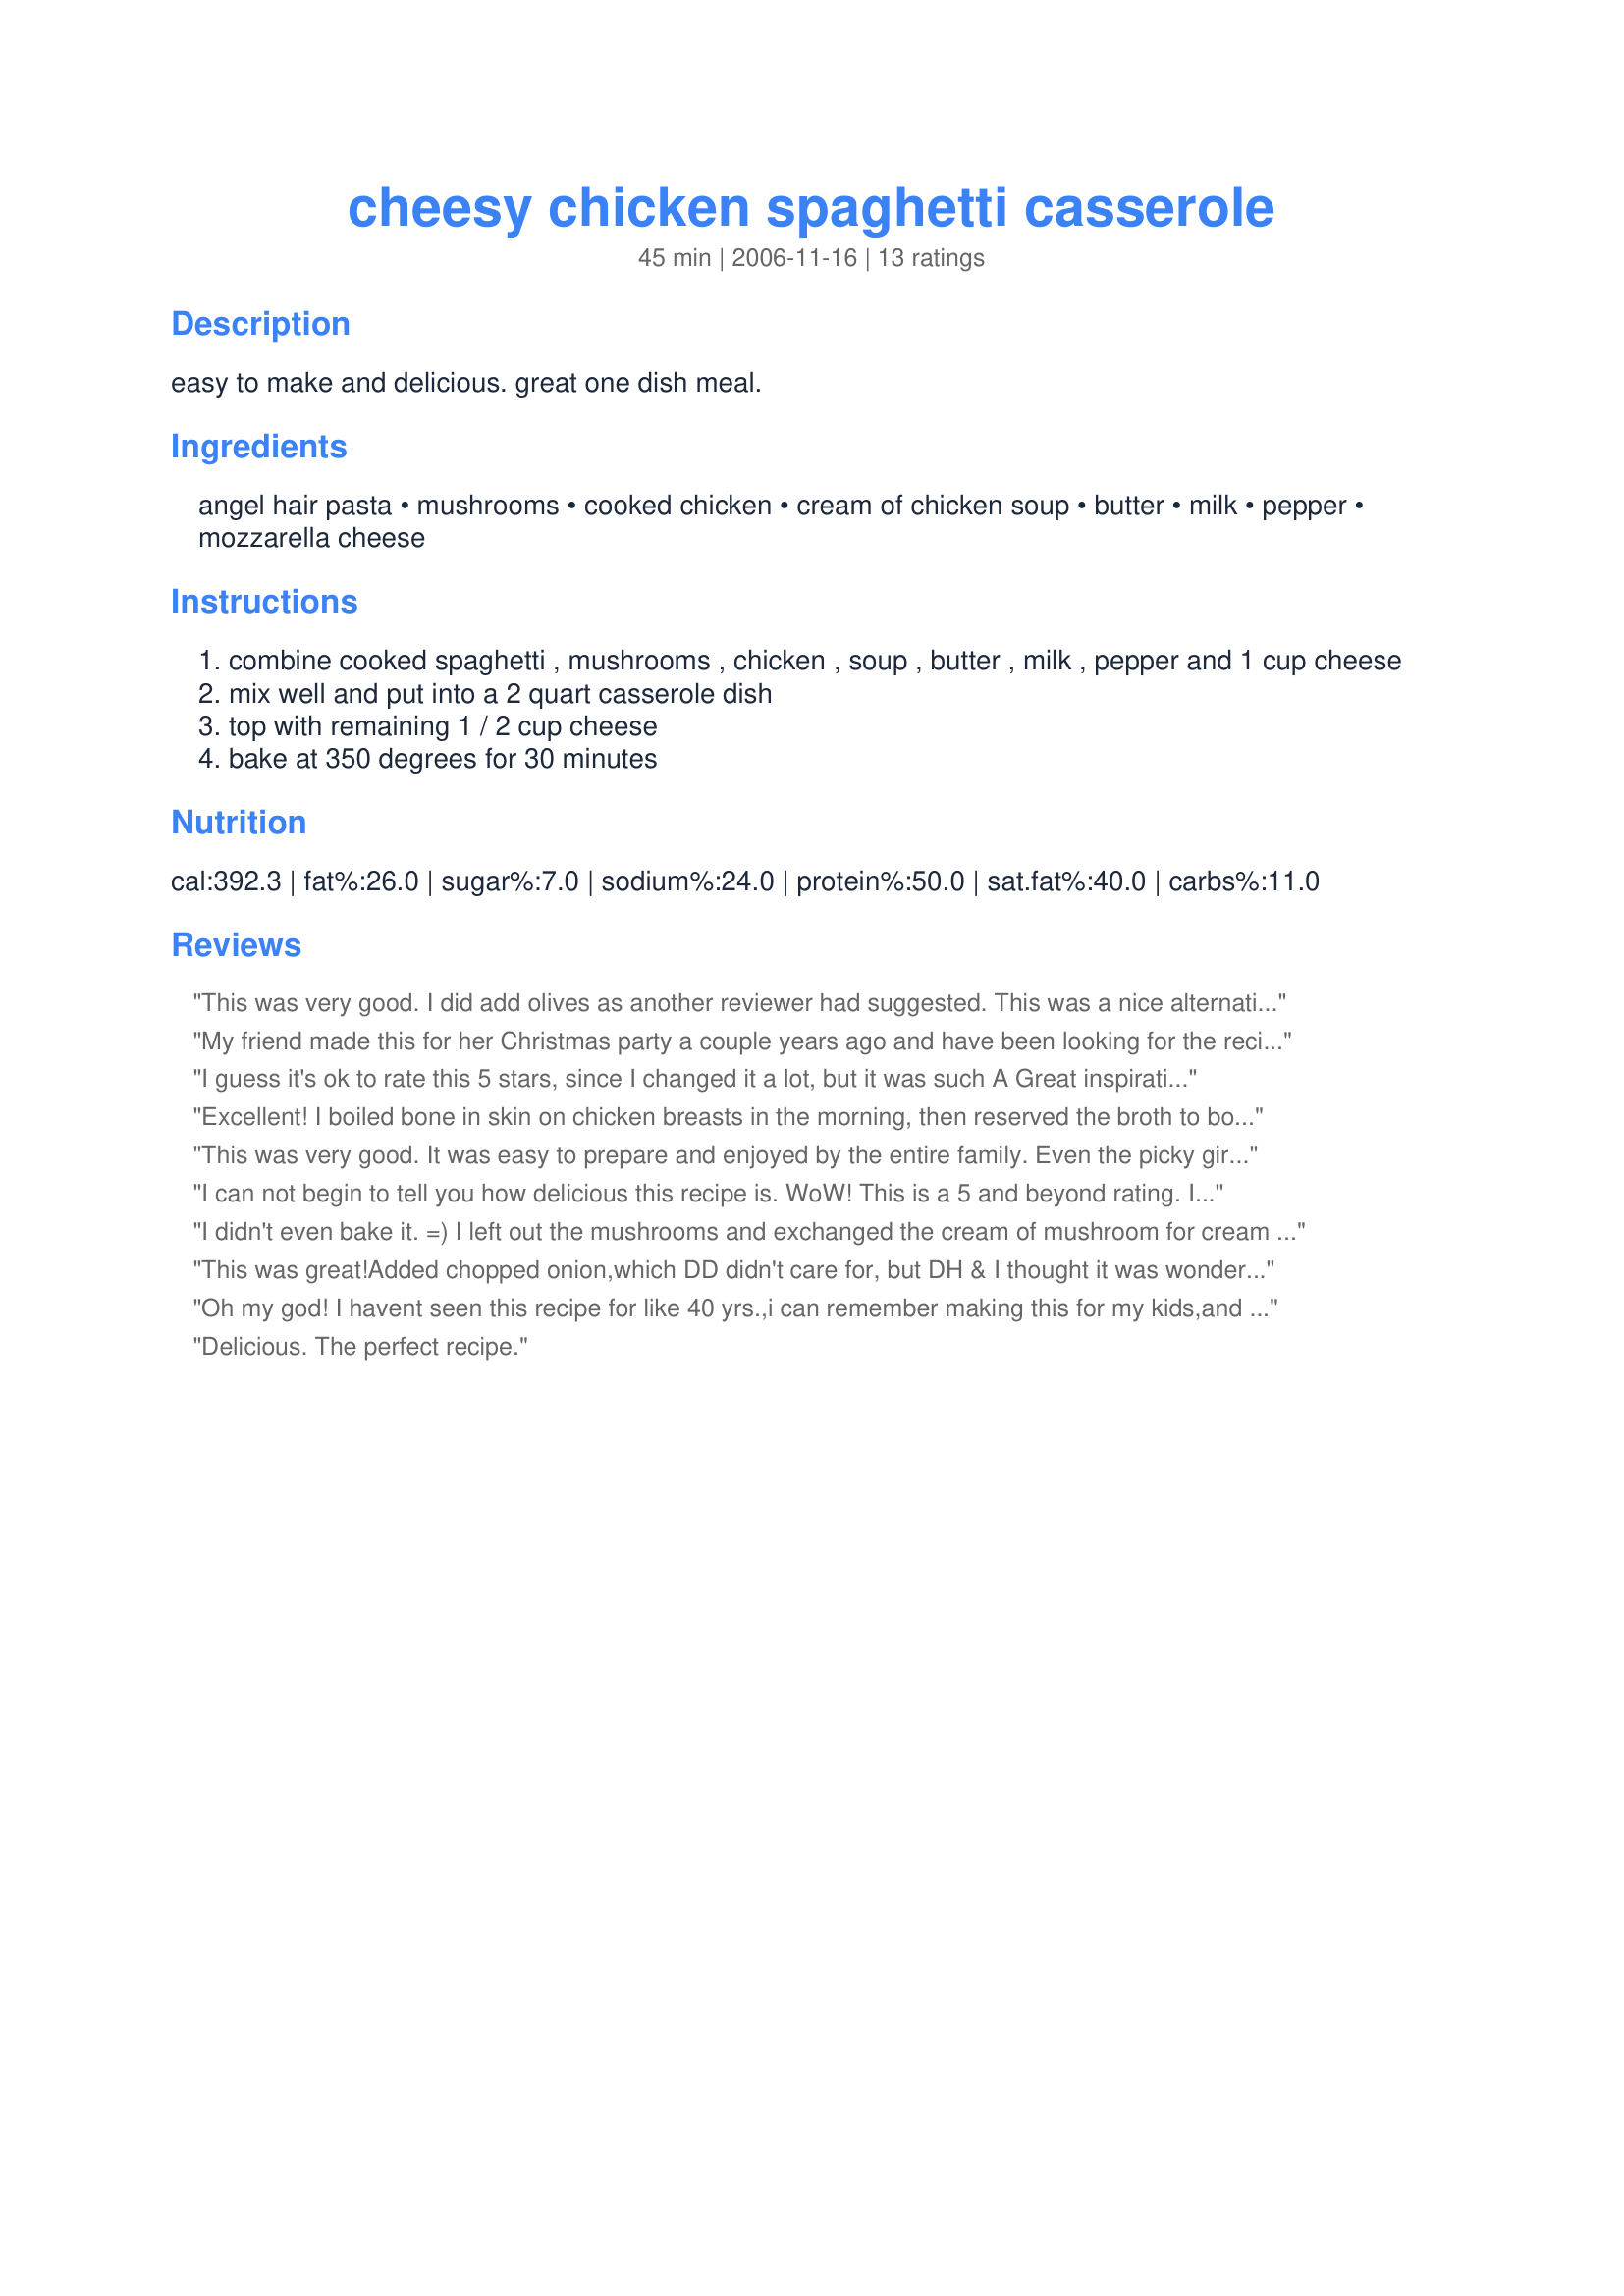
cheesy chicken spaghetti casserole
Preparation time: 45 minutes

easy to make and delicious. great one dish meal.

Ingredients:
angel hair pasta, mushrooms, cooked chicken, cream of chicken soup, butter, milk, pepper, mozzarella cheese

Steps:
combine cooked spaghetti , mushrooms , chicken , soup , butter , milk , pepper and 1 cup cheese
mix well and put into a 2 quart casserole dish
top with remaining 1 / 2 cup cheese
bake at 350 degrees for 30 minutes

Reviews:
This was very good. I did add olives as another reviewer had suggested. This was a nice alternative to regular spaghetti. I thank you for a great dinner Liz!
My friend made this for her Christmas party a couple years ago and have been looking for the recipe since!(she lost it)..I'm soo glad I found it!Only thing different I think she did was substitute fried onions for the mushrooms.But otherwise exactly like the recipe,because I helped her make it.
I guess it's ok to rate this 5 stars, since I changed it a lot, but it was such A Great inspiration!!
I cooked my own chicken. Used the broth to cook the noodles in. also used the broth insyead of the milk in the recipe. In addition I use 1 can of quartered artichoke hearts, drained and 1 can of drained "Original" Rotel Tomatoes. I used g
Gruyere cheese and Parmesano Reggiano. I also put a mixture of this cheese together with Panko BreadCrumbs on top. Covered with foil for 30 min. and another 10 without. It was GREAT!. Thanks for the inspiration of yoyur recipe!! L-)
Excellent! I boiled bone in skin on chicken breasts in the morning, then reserved the broth to boil the noodles. I also kept out 1/2 cup chicken broth and used it in place of the milk and butter. I used whole grain spaghetti, and reduced fat soup. My 5 and 8 year olds ate it up! This would be a great recipe to tweak by sauteeing celery, onions and peppers, or adding pretty much any vegetable you like. You could play around with the soup variaties and add different herbs to create different flavors. This is just an all around healthy, excellent base recipe that I am thrilled to have in my rotation!
This was very good. It was easy to prepare and enjoyed by the entire family. Even the picky girls! Realized that I didn't have chicken soup, so I used mushroom soup and left out the additional mushrooms. Thanks for a winner!
I can not begin to tell you how delicious this recipe is. WoW! This is a 5 and beyond rating. 
I don't use can mushroom soup anymore, I make my own,I used Recipe #44746(which is my favorite soup recipe. I use it in alot of recipes) I also added a small can of sliced black olives and I put 1c of Mozzarella in the recipe and 1 c on top of casserole. I used chicken stripes and I cut them into bite size pieces and fried them in alittle olive oil and seasoned with poultry seasoning,Greek seasoning,Beau Monde,salt and pepper and a dash of cayenne pepper. I also used angel hair pasta. Than I fellowed recipe as stated. Absolutely outstanding and very easy made. Thank so much for sharing this recipe. Its one I will be making many of times I am most certain :)
I didn't even bake it. =) I left out the mushrooms and exchanged the cream of mushroom for cream of chicken.I also added broccoli before draining the noodles to add some color. Thank you so much for the 15 minute meal. =)
This was great!Added chopped onion,which DD didn't care for, but DH & I thought it was wonderful!! Will have to double the recipe next time-
Oh my god! I havent seen this recipe for like 40 yrs.,i can remember making this for my kids,and my mom making it for me,i cant believe I forgot it.A great recipe,tasty,delicious,and just down home comfort food.Thanks for bringing me back to my roots.
Delicious. The perfect recipe.
We loved this!! The only changes I made were using fresh mushrooms in place of canned (cooked them along with the chicken) and I used cheddar instead of mozzarella. The leftovers were terrific as well. Highly recommend this hearty dish!
This was really good. I used a can of Cream of Chicken and Mushroom soup and left out the mushrooms. I added about a teaspoon of onion powder and garlic powder. I also topped the dish with parmesan cheese. I thought it was a quick version of Chicken Tetrazinni. Very good.
First of all I must tell you,this makes alot more than 6 servings :)
( well maybe not,I'm feeding a teenager :))I had to use a 9x13 inch pan to hold everything.As Marsha did, I added a cup of shredded mozzarella on the top before baking.And the baking time was right on the money.I think the next time I make this( and there will be a next time)That I might add some italian type seasonings to "perk it up" a bit.Thank you for posting a very nice recipe."Keep Smiling:)"
